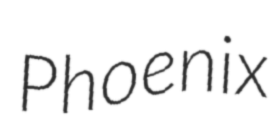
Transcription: Phoenix